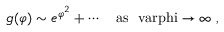
g ( \varphi ) \sim e ^ { \varphi ^ { 2 } } + \cdots \quad \mathrm { a s ~ \ v a r p h i \to \infty ~ , }